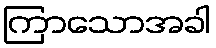
ကြာသောအခါ